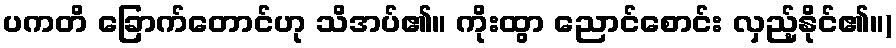
ပကတိ ခြောက်တောင်ဟု သိအပ်၏။ ကိုးထွာ ညောင်စောင်း လှည့်နိုင်၏။)